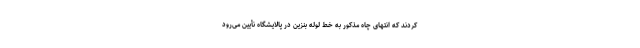
کردند که انتهای چاه مذکور به خط لوله بنزین در پالایشگاه نأیین می‌رود